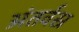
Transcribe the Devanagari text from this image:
अंतर्वस्र